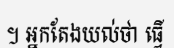
។ អ្នកតែងយល់ថា ធ្វើ